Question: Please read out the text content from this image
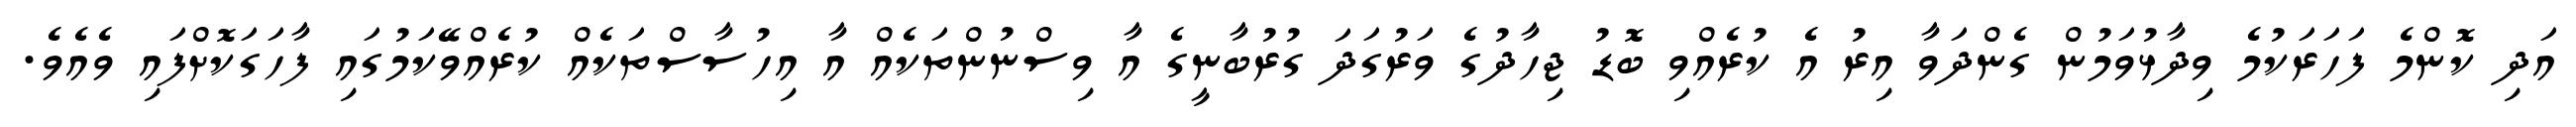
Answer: އަދި ކޮންމެ ފަހަރަކުމެ ވިދާޅުވަމުން ގެންދަވާ އިރު އެ ކުރެއްވި ބޮޑު ޖިހާދުގެ ވަރުގަދަ ގުރުބާނީގެ އާ ވިސްނުންތަކެއް އާ އިހުސާސްތަކެއް ކުރެއްވޭކަމުގައި ފާހަގަކޮށްފައި ވެއެވެ.